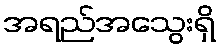
အရည်အသွေးရှိ